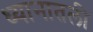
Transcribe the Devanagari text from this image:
ध्यानातली